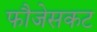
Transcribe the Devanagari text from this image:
फौजेसकट